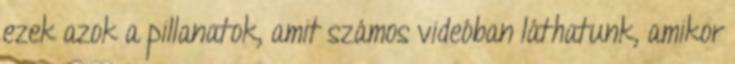
ezek azok a pillanatok, amit számos videóban láthatunk, amikor